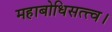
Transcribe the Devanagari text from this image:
महाबोधिसत्त्व।